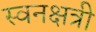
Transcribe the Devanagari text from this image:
स्वनक्षत्री